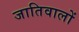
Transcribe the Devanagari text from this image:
जातिवालों